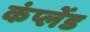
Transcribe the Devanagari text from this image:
कंप्लेंड